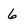
Character: 6